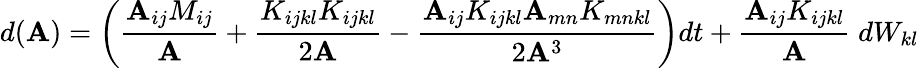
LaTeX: d(\mathbf{A})=\bigg(\frac{{\mathbf{A}_{ij}M_{ij}}}{{\mathbf{A}}}+\frac{{K_{ijkl}K_{ijkl}}}{{2\mathbf{A}}}-\frac{{\mathbf{A}_{ij}K_{ijkl}\mathbf{A}_{mn}K_{mnkl}}}{{2\mathbf{A}^{3}}}\bigg)dt+\frac{{\mathbf{A}_{ij}K_{ijkl}}}{{\mathbf{A}}}\; dW_{kl}